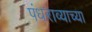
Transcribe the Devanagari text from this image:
पंधराव्याच्या